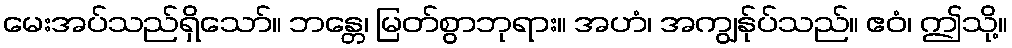
မေးအပ်သည်ရှိသော်။ ဘန္တေ၊ မြတ်စွာဘုရား။ အဟံ၊ အကျွန်ုပ်သည်။ ဧဝံ၊ ဤသို့။